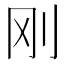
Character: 刚